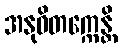
အနုဝိတက္ကေန္တိ